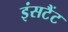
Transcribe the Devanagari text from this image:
इंसटैंट